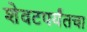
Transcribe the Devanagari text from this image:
शेवटपर्यंतचा